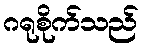
ဂရုစိုက်သည်